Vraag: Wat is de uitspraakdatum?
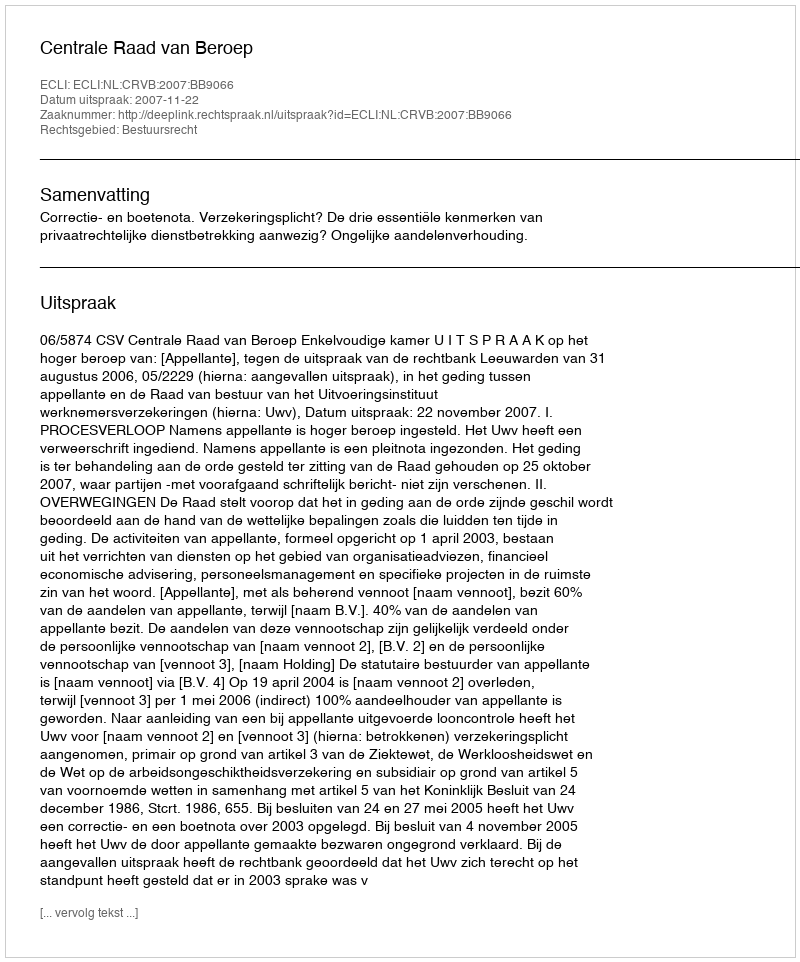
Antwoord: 2007-11-22